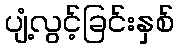
ပျံ့လွင့်ခြင်းနှစ်